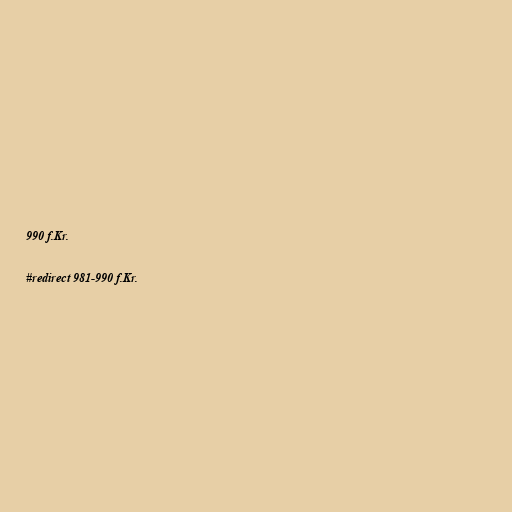
990 f.Kr.

#redirect 981-990 f.Kr.